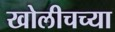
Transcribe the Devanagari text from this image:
खोलीचच्या